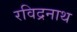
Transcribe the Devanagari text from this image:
रविद्रनाथ